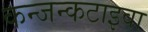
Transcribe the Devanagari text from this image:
कन्जन्कटाइवा